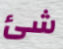
شئ